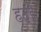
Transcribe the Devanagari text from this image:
हद्रे